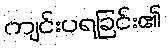
ကျင်းပရခြင်း၏